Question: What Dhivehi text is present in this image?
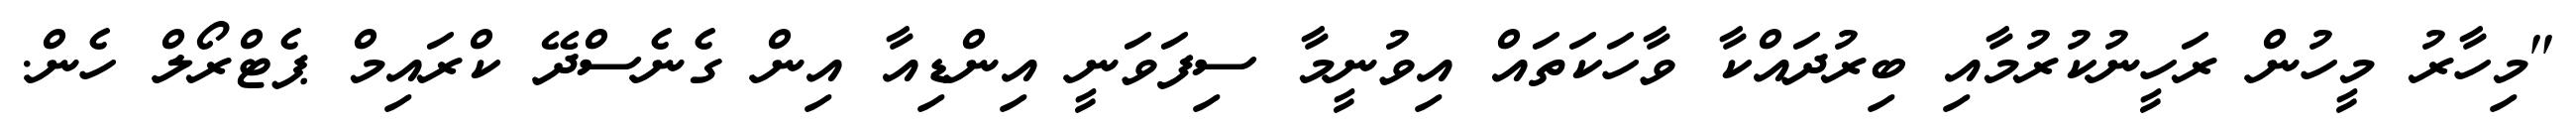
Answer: "މިހާރު މީހުން ރަހީނުކުރުމާއި ބިރުދައްކާ ވާހަކަތައް އިވުނީމާ ސިފަވަނީ އިންޑިއާ އިން ގެނެސްދޭ ކްރައިމް ޕެޓްރޯލް ހެން.